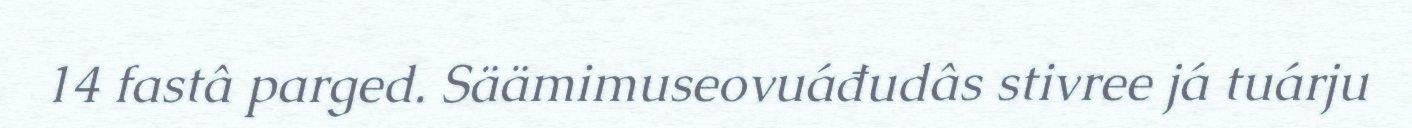
14 fastâ parged. Säämimuseovuáđudâs stivree já tuárju